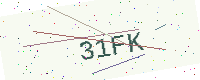
Text: 31FK